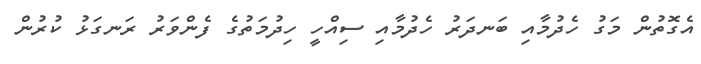
އެގޮތުން މަގު ހެދުމާއި ބަނދަރު ހެދުމާއި ސިއްހީ ހިދުމަތުގެ ފެންވަރު ރަނގަޅު ކުރުން